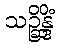
သဉ္ဆိန္ဒိံ